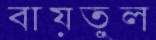
বায়তুল